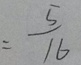
= \frac { 5 } { 1 6 }